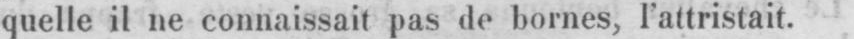
quelle il ne connaissait pas de bornes, l’attristait.